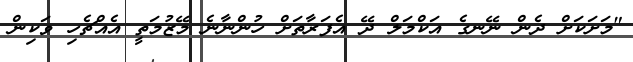
"މަށަކަށް ދެން ނޭނގެ އަކްމަލް ދޭ އެފަރާތަށް ހުންނާނެ މޭޒުމަތީ އެއްޗެހި ވަކިން